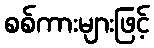
စစ်ကားများဖြင့်